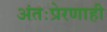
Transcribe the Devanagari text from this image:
अंतःप्रेरणाही